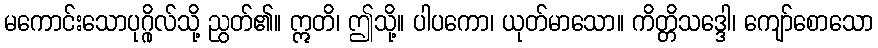
မကောင်းသောပုဂ္ဂိုလ်သို့ ညွတ်၏။ ဣတိ၊ ဤသို့။ ပါပကော၊ ယုတ်မာသော။ ကိတ္တိသဒ္ဒေါ၊ ကျော်စောသော